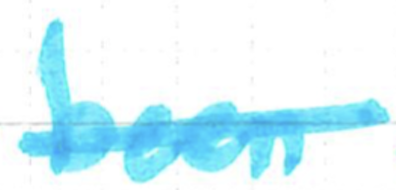
Text: been
Cross-out: single-line
Writing tool: marker